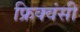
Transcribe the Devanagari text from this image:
फ्रिक्वंसी